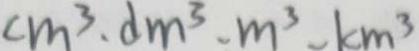
c m ^ { 3 } . d m ^ { 3 } . m ^ { 3 } . k m ^ { 3 }